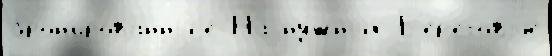
брон'ированныjе На ну́жных Б'ер'еговы́е